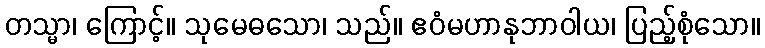
တသ္မာ၊ ကြောင့်။ သုမေဓသော၊ သည်။ ဧဝံမဟာနုဘာဝါယ၊ ပြည့်စုံသော။